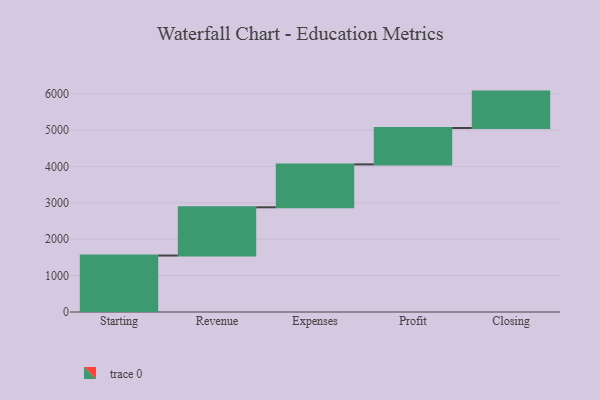
{"axis": {"x": "Step", "y": "Value"}, "legend": [""], "data": [{"x": "Starting", "y": 1551.0, "type": ""}, {"x": "Revenue", "y": 1326.0, "type": ""}, {"x": "Expenses", "y": 1179.0, "type": ""}, {"x": "Profit", "y": 1000, "type": ""}, {"x": "Closing", "y": 1000, "type": ""}]}